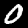
Label: 0